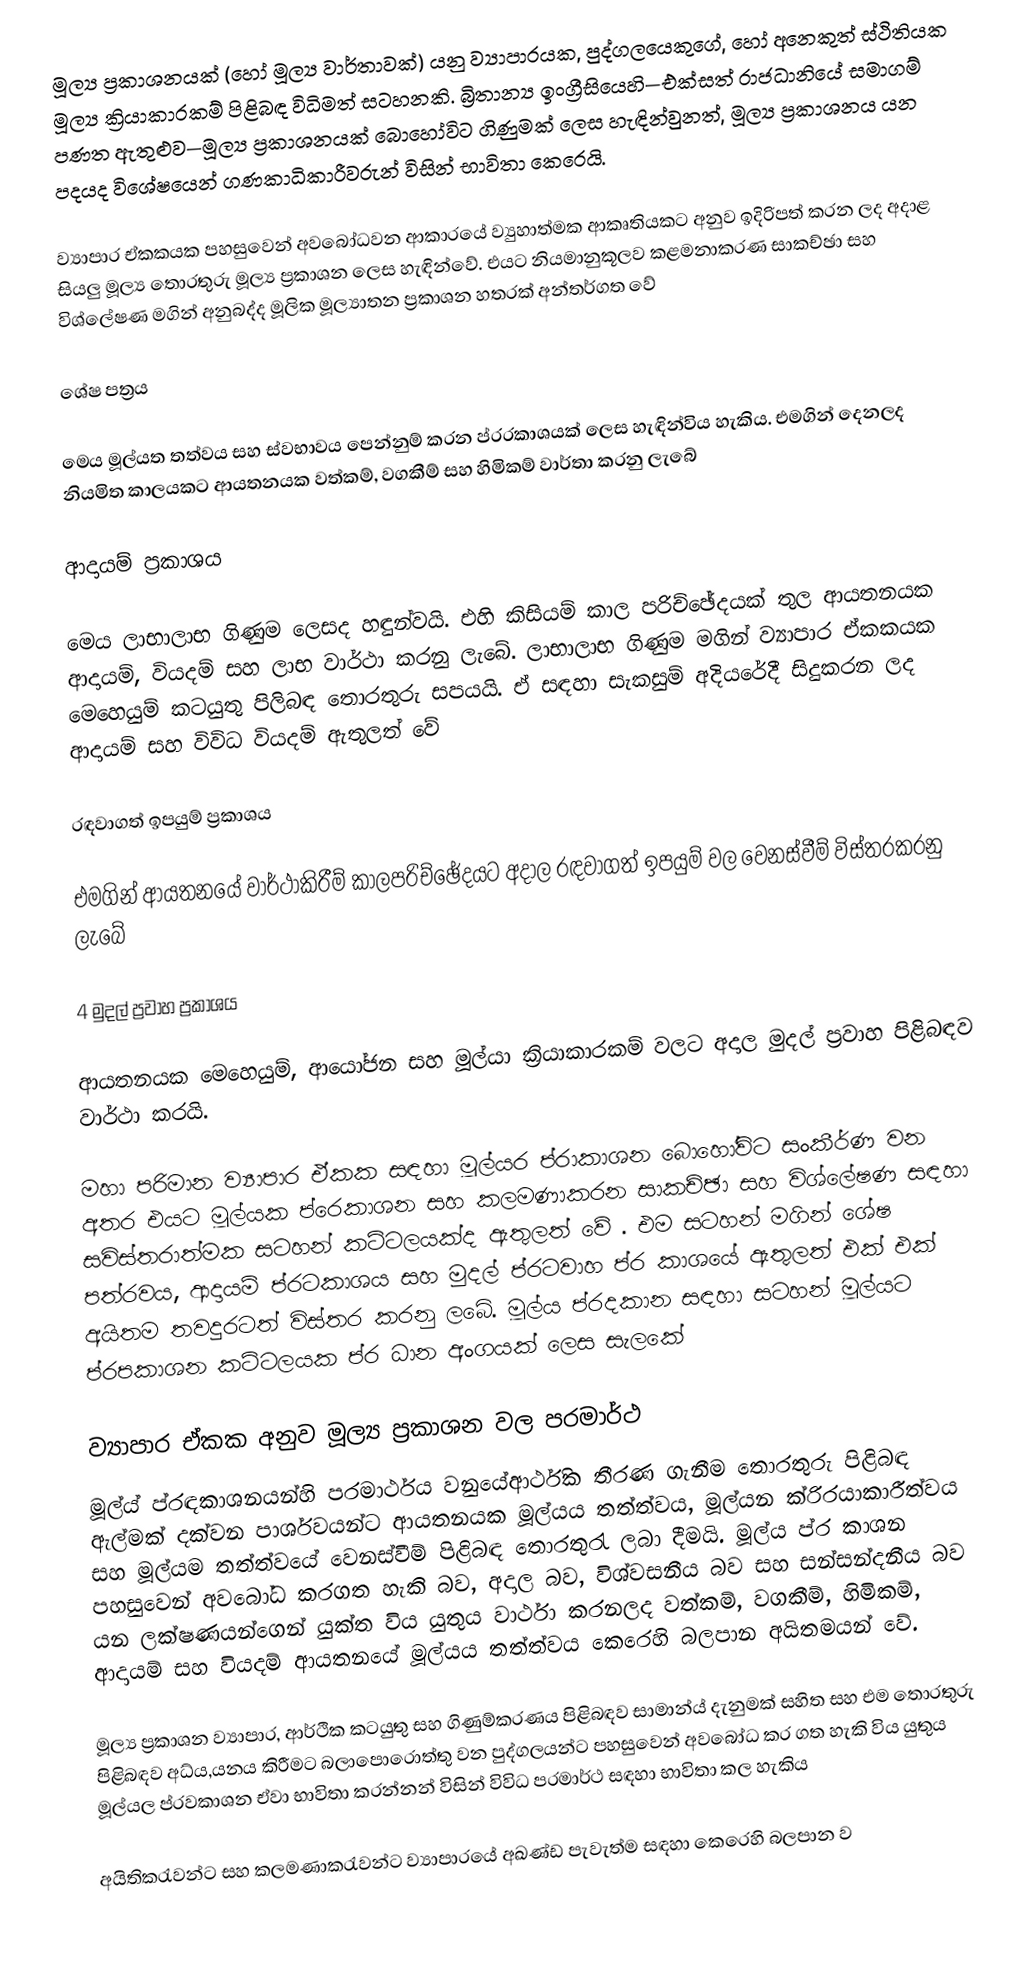
මූල්‍ය ප්‍රකාශනයක් (හෝ මූල්‍ය වාර්තාවක්) යනු ව්‍යාපාරයක, පුද්ගලයෙකුගේ, හෝ අනෙකුත් ස්ථිතියක මූල්‍ය ක්‍රියාකාරකම් පිළිබඳ විධිමත් සටහනකි.  බ්‍රිතාන්‍ය ඉංග්‍රීසියෙහි—එක්සත් රාජධානියේ සමාගම් පණත ඇතුළුව—මූල්‍ය ප්‍රකාශනයක් බොහෝවිට ගිණුමක් ලෙස හැඳින්වුනත්, මූල්‍ය ප්‍රකාශනය යන පදයද විශේෂයෙන් ගණකාධිකාරීවරුන් විසින් භාවිතා කෙරෙයි.

ව්‍යාපාර ඒකකයක පහසුවෙන් අවබෝධවන ආකාරයේ ව්‍යුහාත්මක ආකෘතියකට අනුව ඉදිරිපත්  කරන ලද අදාළ සියලු   මූල්‍ය තොරතුරු මූල්‍ය ප්‍රකාශන ලෙස හැඳින්වේ. එයට නියමානුකූලව කළමනාකරණ සාකච්ඡා සහ විශ්ලේෂණ මගින් අනුබද්ද  මූලික මූල්‍යාතන ප්‍රකාශන හතරක් අන්තර්ගත වේ

 ශේෂ පත්‍රය

මෙය මූල්යත  තත්වය සහ ස්වභාවය පෙන්නුම් කරන ප්රරකාශයක් ලෙස හැඳින්විය හැකිය. එමගින් දෙනලද නියමිත කාලයකට ආයතනයක වත්කම්, වගකීම් සහ හිමිකම් වාර්තා කරනු ලැබේ

 ආදායම් ප්‍රකාශය

මෙය ලාභාලාභ ගිණුම ලෙසද හඳුන්වයි. එහි කිසියම් කාල පරිච්ඡේදයක් තුල ආයතනයක ආදායම්, වියදම් සහ ලාභ වාර්ථා කරනු ලැබේ. ලාභාලාභ ගිණුම මගින් ව්‍යාපාර ඒකකයක මෙහෙයුම් කටයුතු පිලිබඳ තොරතුරු සපයයි. ඒ සඳහා සැකසුම් අදියරේදී සිදුකරන ලද ආදායම් සහ විවිධ වියදම් ඇතුලත් වේ

 රඳවාගත් ඉපයුම් ප්‍රකාශය

එමගින් ආයතනයේ වාර්ථාකිරීම් කාලපරිච්ඡේදයට අදාල  රඳවාගත් ඉපයුම් වල වෙනස්වීම්  විස්තරකරනු ලැබේ

4 මුදල් ප්‍රවාහ ප්‍රකාශය

ආයතනයක මෙහෙයුම්, ආයෝජන සහ මූල්යා ක්‍රියාකාරකම් වලට අදාල මුදල් ප්‍රවාහ පිළිබඳව වාර්ථා කරයි.

මහා පරිමාන ව්‍යාපාර ඒකක සඳහා මූල්යර ප්රාකාශන බොහෝවිට සංකීර්ණ වන අතර එයට මූල්යක ප්රෙකාශන සහ කලමණාකරන සාකච්ඡා සහ විශ්ලේෂණ සඳහා සවිස්තරාත්මක සටහන් කට්ටලයක්ද ඇතුලත් වේ . එම සටහන් මගින් ශේෂ පත්රවය, ආදායම් ප්රටකාශය සහ මුදල් ප්රටවාහ ප්ර කාශයේ ඇතුලත් එක් එක් අයිතම තවදුරටත් විස්තර කරනු ලබේ. මූල්ය  ප්රදකාන සඳහා සටහන් මූල්යට ප්රපකාශන කට්ටලයක ප්ර ධාන අංගයක් ලෙස සැලකේ

ව්‍යාපාර ඒකක අනුව මූල්‍ය ප්‍රකාශන වල පරමාර්ථ
මූල්ය් ප්රඳකාශනයන්හි පරමාර්ථය වනුයේආර්ථික තීරණ ගැනීම තොරතුරු පිළිබඳ ඇල්මක් දක්වන පාර්ශවයන්ට ආයතනයක මූල්යය තත්ත්වය, මූල්යන ක්රිරයාකාරීත්වය සහ මූල්යම තත්ත්වයේ වෙනස්වීම් පිළිබඳ තොරතුරැ ලබා දීමයි. මූල්ය  ප්ර කාශන පහසුවෙන් අවබෝධ කරගත හැකි බව, අදාල බව, විශ්වසනීය බව සහ සන්සන්දනීය බව යන ලක්ෂණයන්ගෙන් යුක්ත විය යුතුය වාර්ථා කරනලද වත්කම්, වගකීම්, හිමිකම්, ආදායම් සහ වියදම් ආයතනයේ මූල්යය තත්ත්වය කෙරෙහි බලපාන අයිතමයන් වේ.

මූල්‍ය ප්‍රකාශන  ව්‍යාපාර,  ආර්ථික කටයුතු සහ ගිණුම්කරණය පිළිබඳව සාමාන්ය් දැනුමක් සහිත සහ එම තොරතුරු පිළිබඳව අධ්ය,යනය කිරීමට බලාපොරොත්තු  වන පුද්ගලයන්ට පහසුවෙන් අවබෝධ කර ගත හැකි විය යුතුය මූල්යල ප්රවකාශන ඒවා භාවිතා කරන්නන්  විසින් විවිධ පරමාර්ථ සඳහා භාවිතා කල හැකිය

 අයිතිකරැවන්ට සහ  කලමණාකරැවන්ට ව්‍යාපාරයේ අඛණ්ඩ පැවැත්ම සඳහා කෙරෙහි බලපාන ව